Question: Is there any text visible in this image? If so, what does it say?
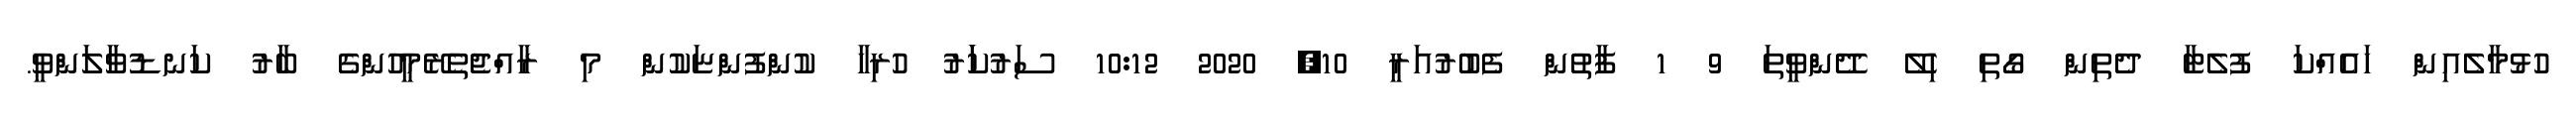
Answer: ހުޅުމާލެއިން ހައެއްކަ ފުލެޓާ ދެތިން ގޯތި ހިލޭ ދޭންވީތަ 9 1 ފާތުން ފެބުރުއަރީ 10, 2020 10:12 ސަރުކަަރު ހުރިހާ ކުންފުންޏަކުން މި ރާއްޖެތެރޭމީހުންގެ ބާރު ކަނޑުވާލަންވީ.